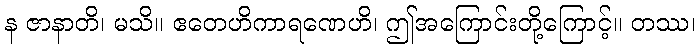
န ဇာနာတိ၊ မသိ။ ဧတေဟိကာရဏေဟိ၊ ဤအကြောင်းတို့ကြောင့်။ တဿ၊